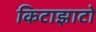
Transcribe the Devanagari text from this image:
किटाझाटो